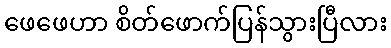
ဖေဖေဟာ စိတ်ဖောက်ပြန်သွားပြီလား